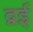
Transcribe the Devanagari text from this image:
द्वई